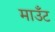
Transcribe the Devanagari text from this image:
माउँट